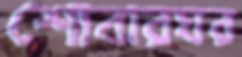
শোবারঘর